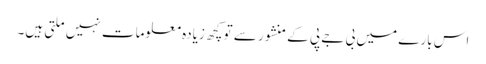
اس بارے میں بی جے پی کے منشور سے تو کچھ زیادہ معلومات نہیں ملتی ہیں۔